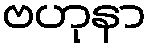
ဗဟုနာ